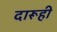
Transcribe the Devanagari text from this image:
दारूही